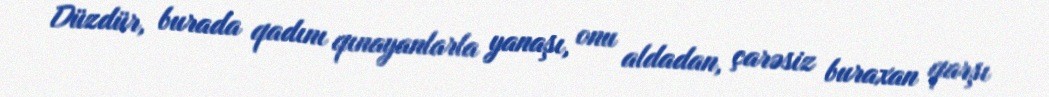
Düzdür, burada qadını qınayanlarla yanaşı, onu aldadan, çarəsiz buraxan qarşı